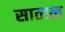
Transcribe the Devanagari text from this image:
साताल